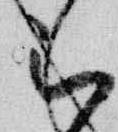
被